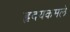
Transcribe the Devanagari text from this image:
हृदयकमले